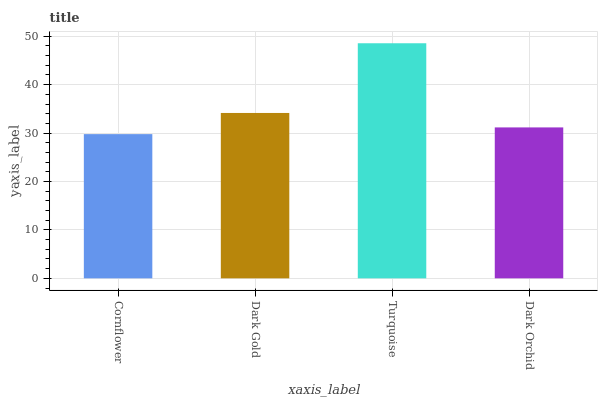
| xaxis_label | bars |
 | --- | --- |
 | Cornflower | 29.8 |
 | Dark Gold | 34.2 |
 | Turquoise | 48.6 |
 | Dark Orchid | 31.2 |